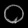
Digit: ၀